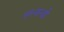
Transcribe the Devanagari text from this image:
हरनान्डो